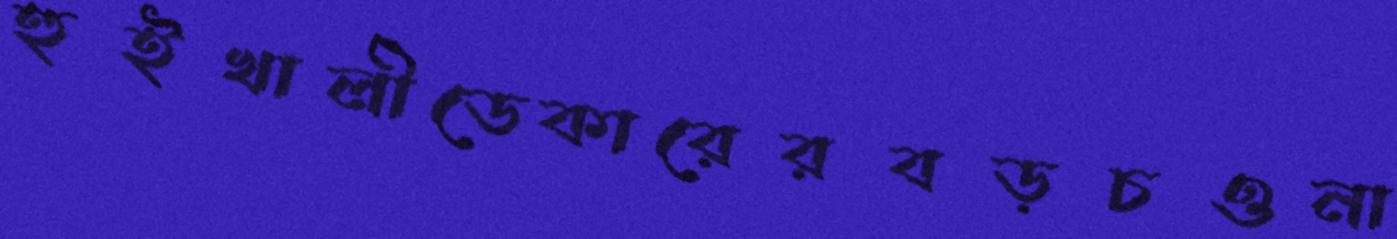
হুইখালীডেকারেরবড়চওনা